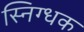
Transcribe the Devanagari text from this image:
स्निग्धक